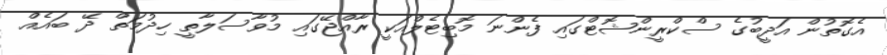
އެގޮތުން އަދީބުގެ ސްކްރީންޝޮޓްގައި ފެންނަ މޮބިޓެލްއަކީ ރާއްޖޭގައި މުވާސަލާތީ ހިދުމަތް ދޭ ބައެއް